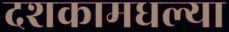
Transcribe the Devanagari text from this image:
दशकामधल्या